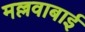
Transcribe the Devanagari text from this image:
मल्लवाबाई